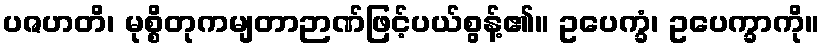
ပဇဟတိ၊ မုစ္စိတုကမျတာဉာဏ်ဖြင့်ပယ်စွန့်၏။ ဥပေက္ခံ၊ ဥပေက္ခာကို။